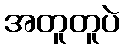
အတူတူပဲ